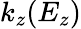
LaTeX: k_{z}(E_{z})